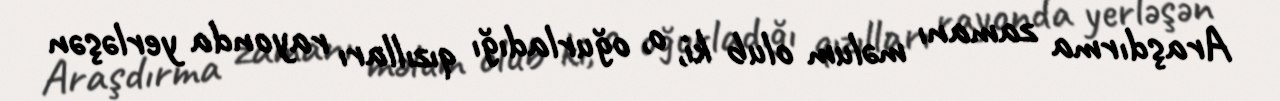
Araşdırma zamanı məlum olub ki, o, oğurladığı qızılları rayonda yerləşən